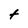
Character: t